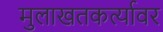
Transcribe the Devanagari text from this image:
मुलाखतकर्त्यावर